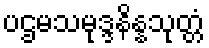
ပဌမသမုဒ္ဒနိန္နသုတ္တံ